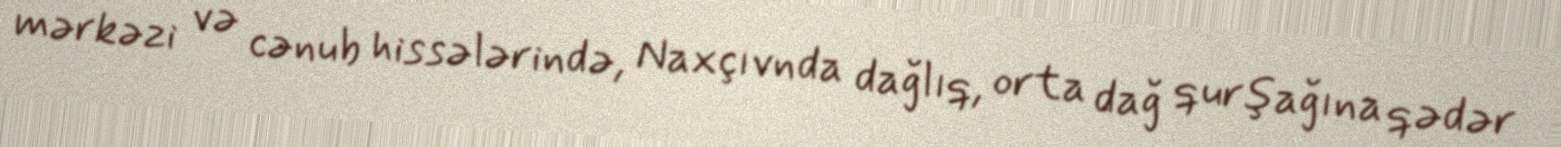
mərkəzi və cənub hissələrində, Naxçıvnda dağlıq, orta dağ qurşağına qədər